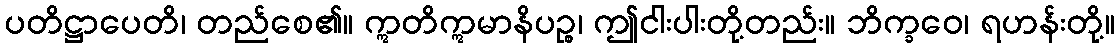
ပတိဋ္ဌာပေတိ၊ တည်စေ၏။ ဣတိဣမာနိပဉ္စ၊ ဤငါးပါးတို့တည်း။ ဘိက္ခဝေ၊ ရဟန်းတို့။